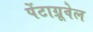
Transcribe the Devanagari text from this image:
पेंटाग्रूवेल